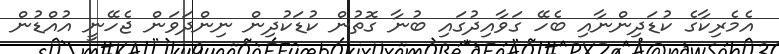
އެމެރިކާގެ ކުޑަދިންނާއި ބެހޭ ގަވާއިދުގައި ބުނާ ގޮތުން ކުޑަކުދިން ނިންދަވަން ޖެހޭނީ އުއްޑުން